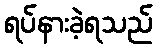
ရပ်နားခဲ့ရသည်